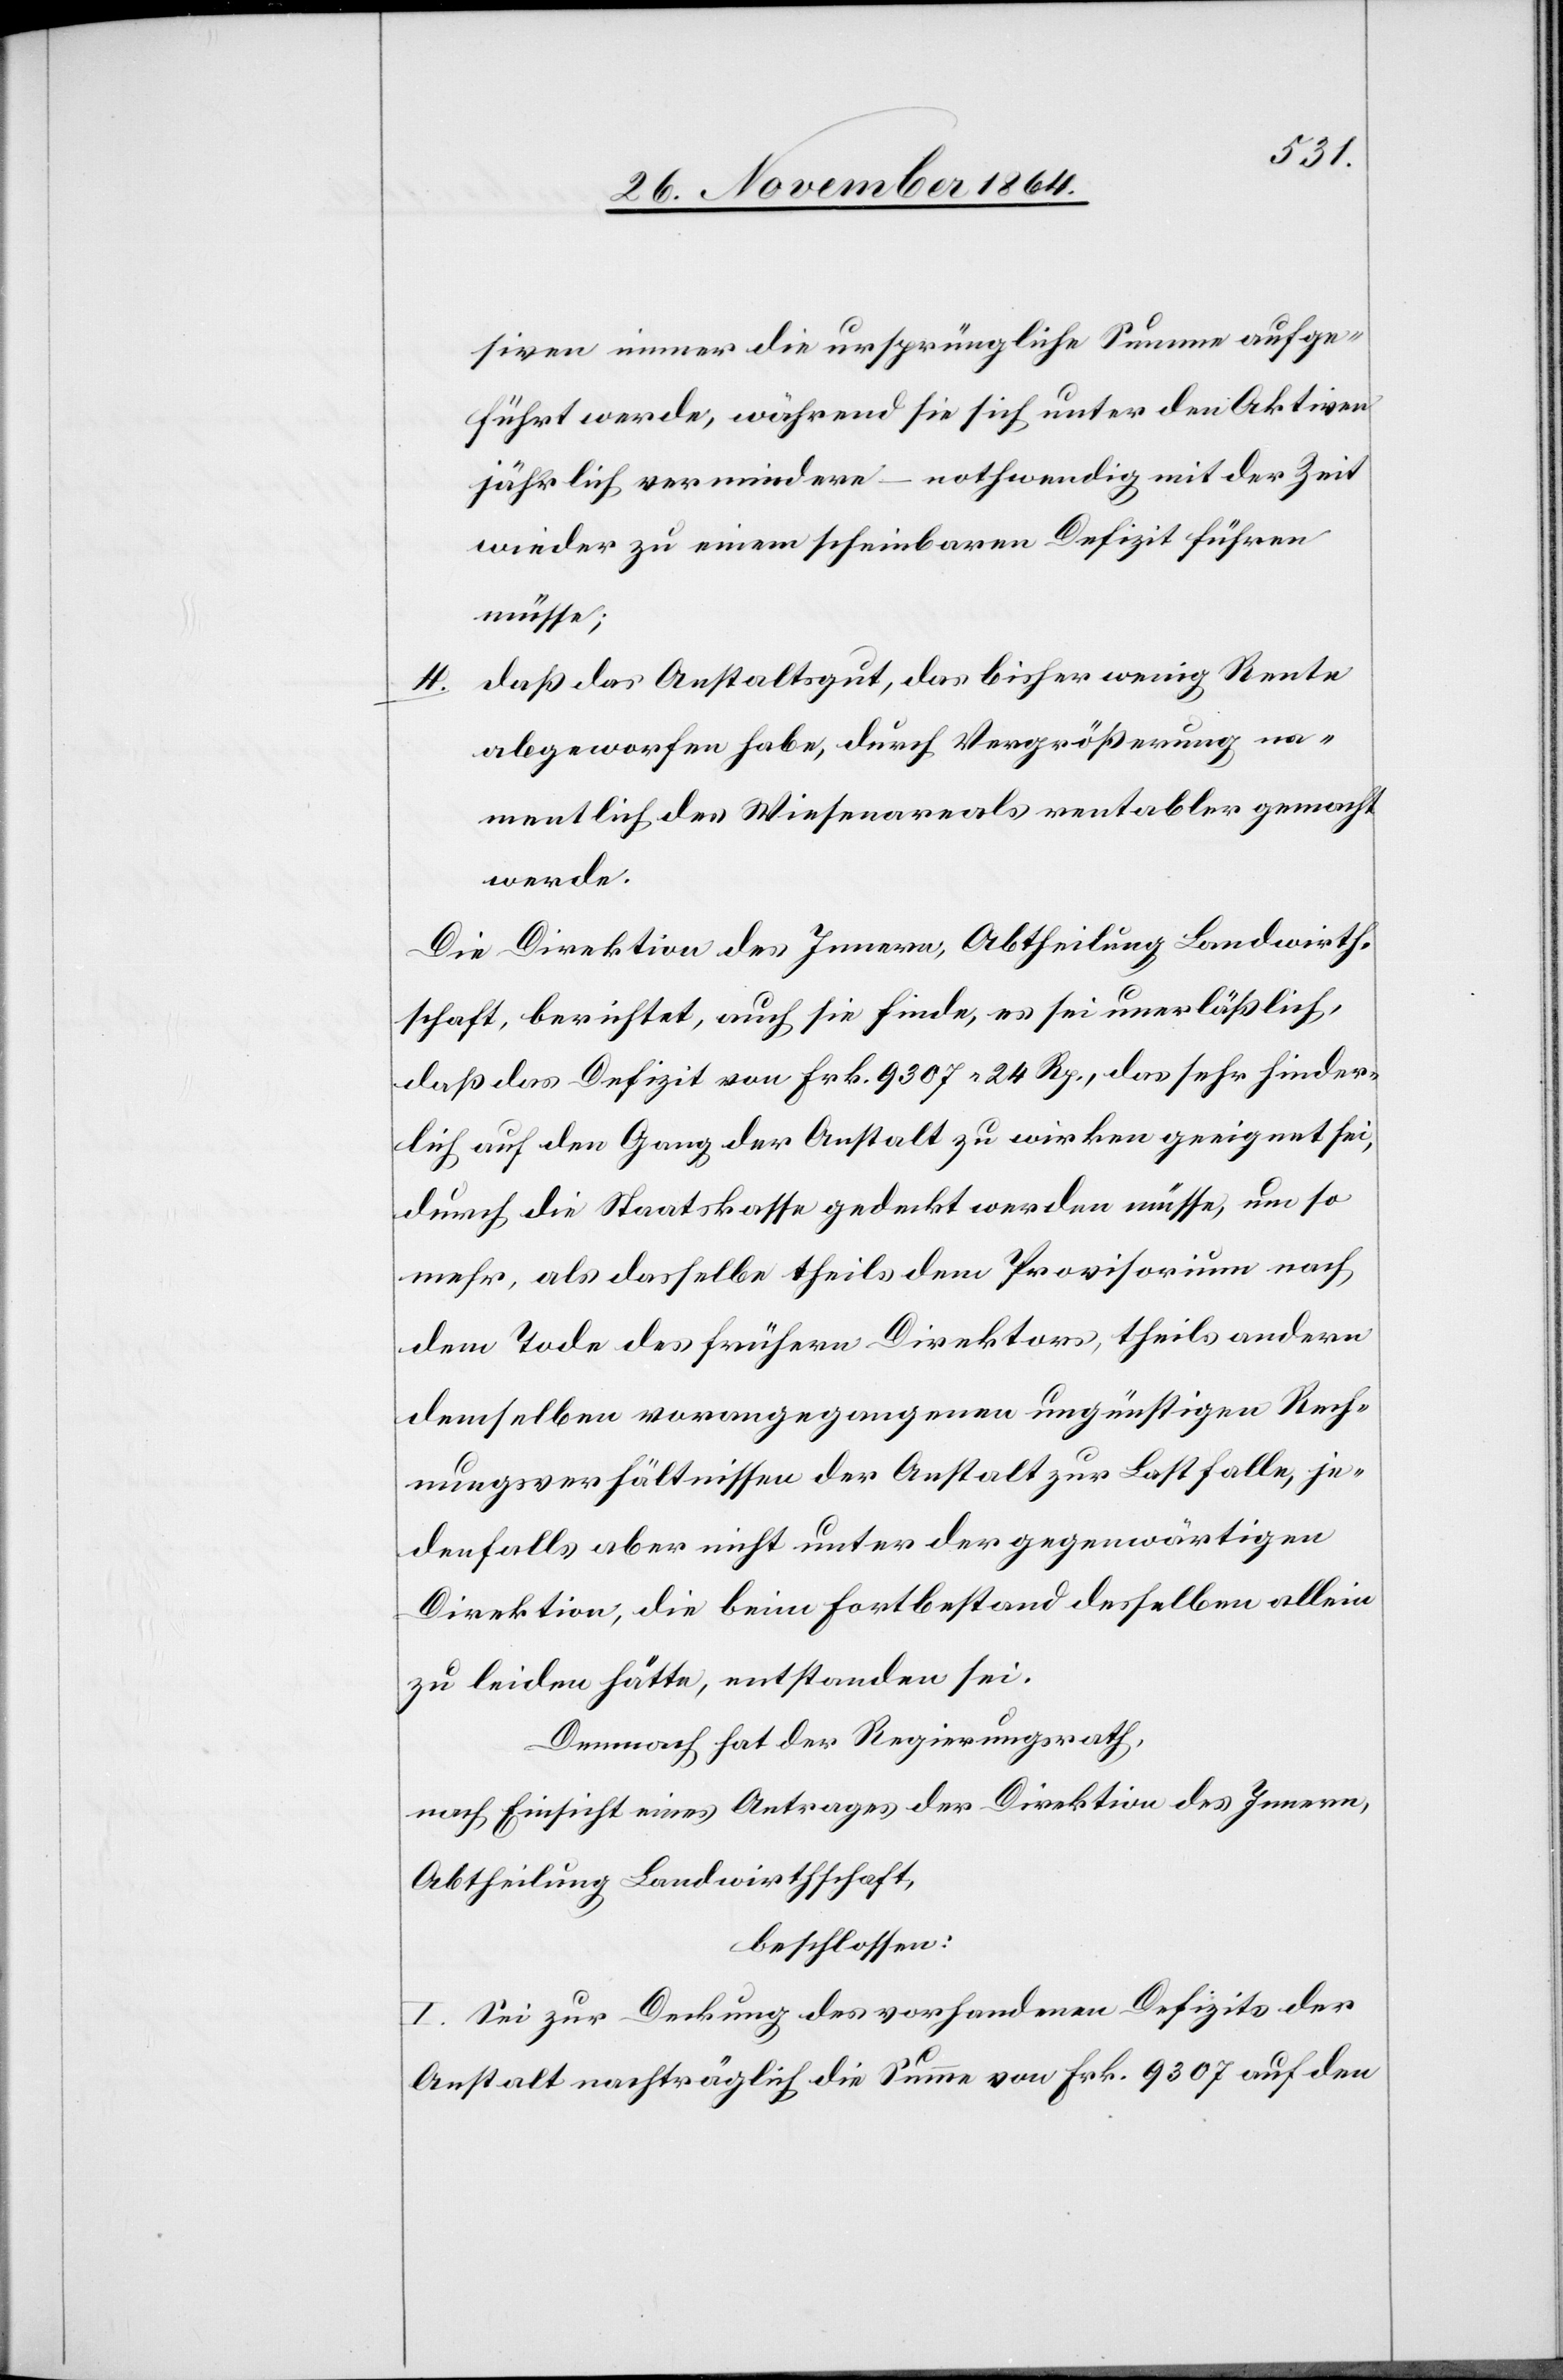
siven immer die ursprüngliche Summe aufge¬
führt werde, während sie sich unter den Aktiven
jährlich vermindere – nothwendig mit der Zeit
wieder zu einem scheinbaren Defizit führen
müsse;
daß das Anstaltsgut, das bisher wenig Rente
4.
abgeworfen habe, durch Vergrößerung na¬
mentlich des Wiesenareals rentabler gemacht
werde.
Die Direktion des Innern, Abtheilung Landwirth¬
schaft, berichtet, auch sie finde, es sei unerläßlich,
daß das Defizit von Frk. 9307.24 Rp., das sehr hinder¬
lich auf den Gang der Anstalt zu wirken geeignet sei,
durch die Staatskasse gedeckt werden müsse, um so
mehr, als dasselbe theils dem Provisorium nach
dem Tode des frühern Direktors, theils andern
demselben vorangegangenen ungünstigen Rech¬
nungsverhältnissen der Anstalt zur Last falle, je¬
denfalls aber nicht unter der gegenwärtigen
Direktion, die beim Fortbestand desselben allein
zu leiden hätte, entstanden sei.
Demnach hat der Regierungsrath,
nach Einsicht eines Antrages der Direktion des Innern,
Abtheilung Landwirthschaft,
beschlossen:
I. Sei zur Deckung des vorhandenen Defizits der
Anstalt nachtäglich die Summe von Frk. 9307 auf den